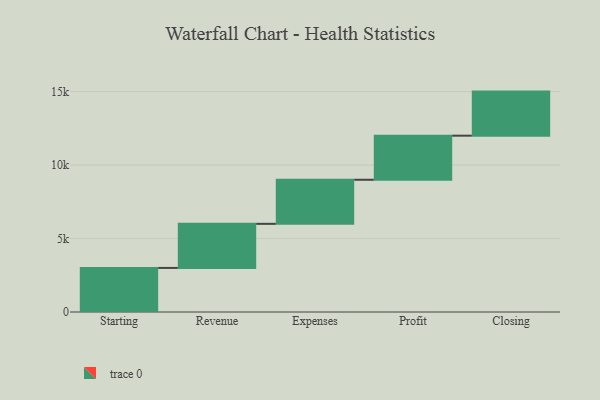
{"axis": {"x": "Step", "y": "Value"}, "legend": [""], "data": [{"x": "Starting", "y": 3000, "type": ""}, {"x": "Revenue", "y": 3000, "type": ""}, {"x": "Expenses", "y": 3000, "type": ""}, {"x": "Profit", "y": 3000, "type": ""}, {"x": "Closing", "y": 3000, "type": ""}]}